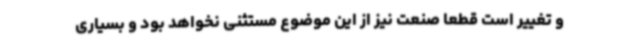
و تغییر است قطعاً صنعت نیز از این موضوع مستثنی نخواهد بود و بسیاری